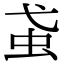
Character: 𧈩